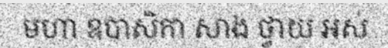
មហា ឧបាសិកា សាង ថ្វាយ អស់